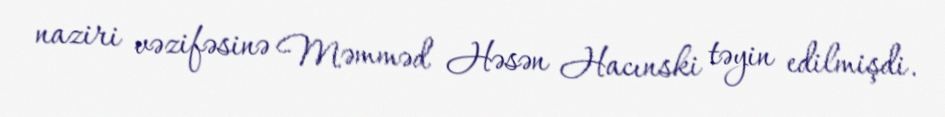
naziri vəzifəsinə Məmməd Həsən Hacınski təyin edilmişdi.